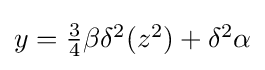
{\textstyle y={\tfrac {3}{4}}\beta \delta ^{2}(z^{2})+\delta ^{2}\alpha }